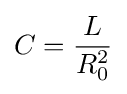
C={\frac {L}{R_{0}^{2}}}